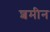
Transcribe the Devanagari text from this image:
शमीन